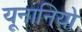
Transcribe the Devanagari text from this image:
यूनानियो